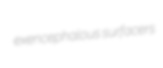
exencephalous surfacers